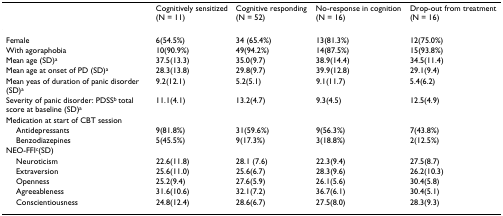
|  | Cognitively sensitized (N = 11) | Cognitive responding (N = 52) | No-response in cognition (N = 16) | Drop-out from treatment (N = 16) |
 | --- | --- | --- | --- | --- |
 | Female | 6(54.5%) | 34 (65.4%) | 13(81.3%) | 12(75.0%) |
 | With agoraphobia | 10(90.9%) | 49(94.2%) | 14(87.5%) | 15(93.8%) |
 | Mean age (SD)a | 37.5(13.3) | 35.0(9.7) | 38.9(14.4) | 34.5(11.4) |
 | Mean age at onset of PD (SD)a | 28.3(13.8) | 29.8(9.7) | 39.9(12.8) | 29.1(9.4) |
 | Mean yeas of duration of panic disorder (SD)a | 9.2(12.1) | 5.2(5.1) | 9.1(11.7) | 5.4(6.2) |
 | Severity of panic disorder: PDSSb total score at baseline (SD)a | 11.1(4.1) | 13.2(4.7) | 9.3(4.5) | 12.5(4.9) |
 | Medication at start of CBT session |  |  |  |  |
 | Antidepressants | 9(81.8%) | 31(59.6%) | 9(56.3%) | 7(43.8%) |
 | Benzodiazepines | 5(45.5%) | 9(17.3%) | 3(18.8%) | 2(12.5%) |
 | NEO-FFIc(SD) |  |  |  |  |
 | Neuroticism | 22.6(11.8) | 28.1 (7.6) | 22.3(9.4) | 27.5(8.7) |
 | Extraversion | 25.6(11.0) | 25.6(6.7) | 28.3(9.6) | 26.2(10.3) |
 | Openness | 25.2(9.4) | 27.6(5.9) | 26.1(5.6) | 30.4(5.8) |
 | Agreeableness | 31.6(10.6) | 32.1(7.2) | 36.7(6.1) | 30.4(5.1) |
 | Conscientiousness | 24.8(12.4) | 28.6(6.7) | 27.5(8.0) | 28.3(9.3) |